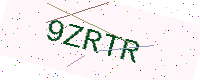
Text: 9ZRTR